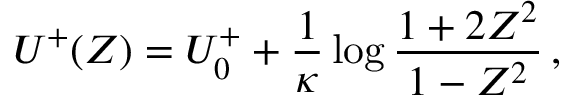
U ^ { + } ( Z ) = U _ { 0 } ^ { + } + \frac { 1 } { \kappa } \log \frac { 1 + 2 Z ^ { 2 } } { 1 - Z ^ { 2 } } \, ,